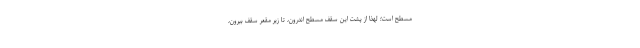
مسطح است؛ لهذا از پشت این سقفِ مسطحِ اندرون، تا زیر مقعر سقف بیرون،